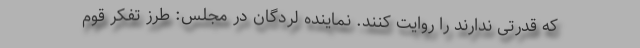
که قدرتی ندارند را روایت کنند. نماینده لردگان در مجلس: طرز تفکر قوم